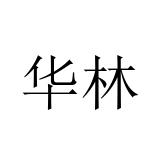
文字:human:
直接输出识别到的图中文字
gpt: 华林